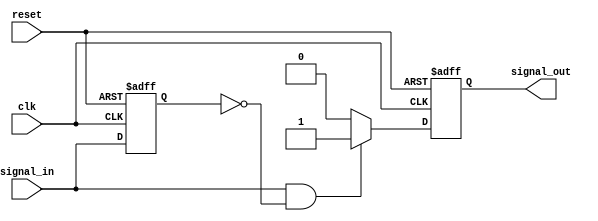
module edge_detector (
    input wire clk,          // Clock signal
    input wire reset,        // Asynchronous reset signal
    input wire signal_in,    // Input signal to detect edges
    output reg signal_out     // Output signal indicating a rising edge
);

    reg signal_in_prev;      // Previous state of the input signal

    // Asynchronous reset and edge detection logic
    always @(posedge clk or posedge reset) begin
        if (reset) begin
            signal_in_prev <= 1'b0; // Initialize previous state to 0
            signal_out <= 1'b0;      // Initialize output to 0
        end else begin
            // Edge detection logic
            if (signal_in && !signal_in_prev) begin
                signal_out <= 1'b1;   // Rising edge detected
            end else begin
                signal_out <= 1'b0;    // No edge detected
            end
            
            // Update previous state
            signal_in_prev <= signal_in;
        end
    end

endmodule